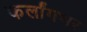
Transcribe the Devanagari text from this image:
फर्लांगभर